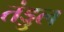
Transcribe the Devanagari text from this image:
तंड्डुल